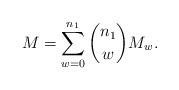
LaTeX: \begin{align*} M=\sum\limits_{w=0}^{n_1}\binom{n_1}{w}M_w.\end{align*}